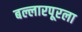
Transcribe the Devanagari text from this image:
बल्लारपूरला